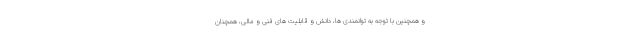
و همچنین با توجه به توانمندی ها، دانش و قابلیت های فنی و مالی، همچنان